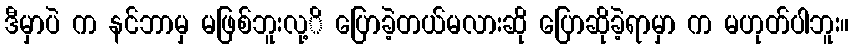
ဒီမှာပဲ က နင်ဘာမှ မဖြစ်ဘူးလု့ိ ပြောခဲ့တယ်မလားဆို ပြောဆိုခဲ့ရာမှာ က မဟုတ်ပါဘူး။